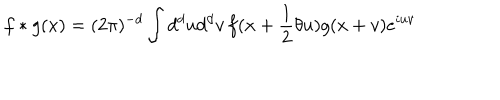
f \ast g ( x ) = ( 2 \pi ) ^ { - d } \int d ^ { d } u d ^ { d } v \, f ( x + \frac { 1 } { 2 } \theta u ) g ( x + v ) e ^ { i u v }